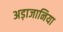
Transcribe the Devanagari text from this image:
अड़ाजानिया